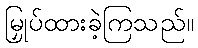
မြှုပ်ထားခဲ့ကြသည်။